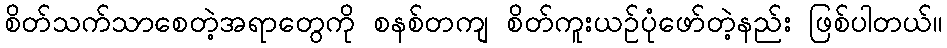
စိတ်သက်သာစေတဲ့အရာတွေကို စနစ်တကျ စိတ်ကူးယဉ်ပုံဖော်တဲ့နည်း ဖြစ်ပါတယ်။